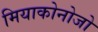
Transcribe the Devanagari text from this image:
मियाकोनोजो